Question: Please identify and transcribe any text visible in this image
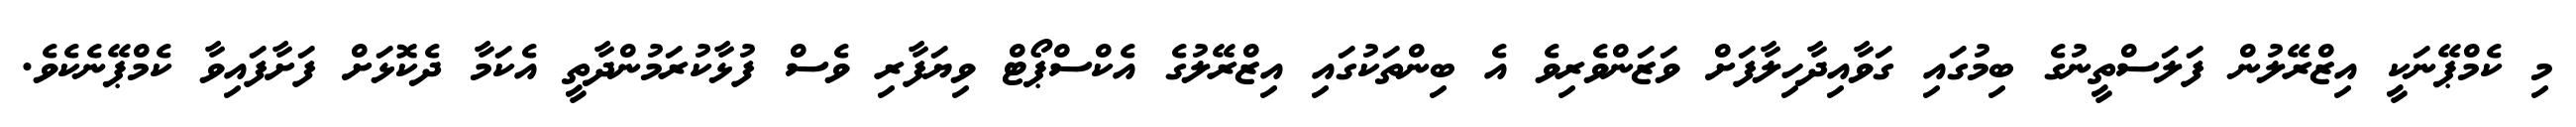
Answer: މި ކެމްޕޭނަކީ އިޒްރޭލުން ފަލަސްތީނުގެ ބިމުގައި ގަވާއިދާހިލާފަށް ވަޒަންވެރިވެ އެ ބިންތަކުގައި އިޒްރޭލުގެ އެކްސްޕޯޓް ވިޔަފާރި ވެސް ފުޅާކުރަމުންދާތީ އެކަމާ ދެކޮޅަށް ފަށާފައިވާ ކެމްޕޭނެކެވެ.